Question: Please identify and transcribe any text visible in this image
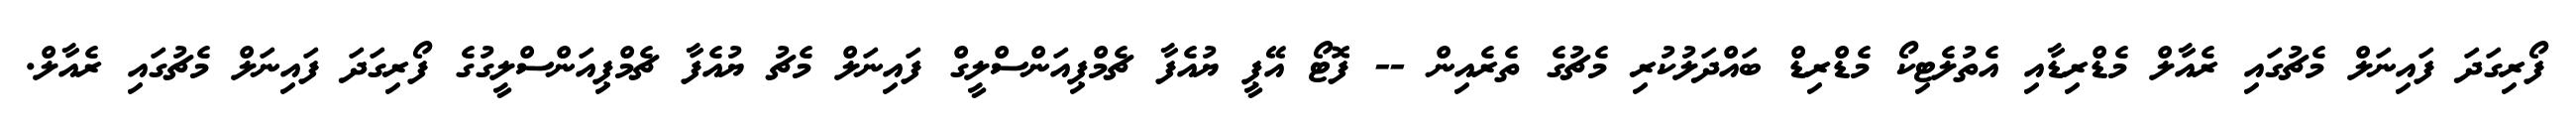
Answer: ފޯރިގަދަ ފައިނަލް މެޗުގައި ރެއާލް މެޑްރިޑާއި އެތުލެޓިކޯ މެޑްރިޑް ބައްދަލުކުރި މެޗުގެ ތެރެއިން -- ފޮޓޯ އޭޕީ ޔުއެފާ ޗެމްޕިއަންސްލީގް ފައިނަލް މެޗު ޔުއެފާ ޗެމްޕިއަންސްލީގުގެ ފޯރިގަދަ ފައިނަލް މެޗުގައި ރެއާލް.